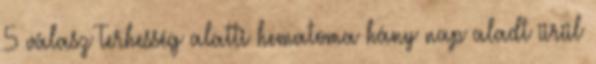
5 válasz Terhesség alatti hematoma hány nap aladt ürül